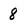
Character: 8